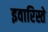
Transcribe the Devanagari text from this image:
इवारिस्ते